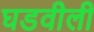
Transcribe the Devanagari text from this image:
घडवीली